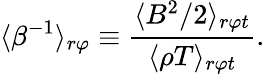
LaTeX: \langle\beta^{-1}\rangle_{r\varphi}\equiv\frac{\langle B^{2}/2\rangle_{r\varphi t}}{\langle\rho T\rangle_{r\varphi t}}.